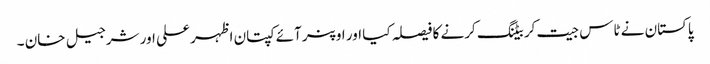
پاکستان نے ٹاس جیت کر بیٹنگ کرنے کا فیصلہ کیا اور اوپنر آئے کپتان اظہر علی اور شرجیل خان ۔